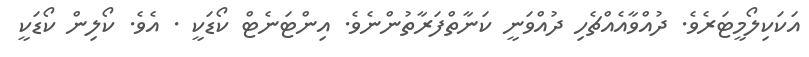
އަކަކިލޯމީޓަރެވެ. ދުއްވާއެއްޗެހި ދުއްވަނީ ކަނާތްފަރާތުންނެވެ. އިންޓަނެޓް ކޯޑަކީ . އެވެ. ކޯލިން ކޯޑަކީ